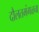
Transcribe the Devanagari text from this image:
दौलतमंगळचा